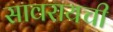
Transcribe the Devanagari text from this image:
सावरायची